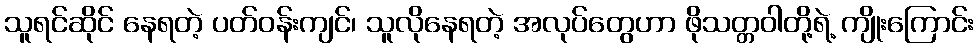
သူရင်ဆိုင် နေရတဲ့ ပတ်ဝန်းကျင်၊ သူလိုနေရတဲ့ အလုပ်တွေဟာ ဖိုသတ္တဝါတို့ရဲ့ ကျိုးကြောင်း